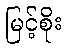
မြင့်စိုး